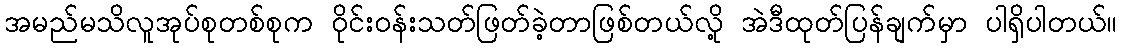
အမည်မသိလူအုပ်စုတစ်စုက ဝိုင်းဝန်းသတ်ဖြတ်ခဲ့တာဖြစ်တယ်လို့ အဲဒီထုတ်ပြန်ချက်မှာ ပါရှိပါတယ်။